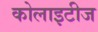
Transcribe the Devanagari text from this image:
कोलाइटीज